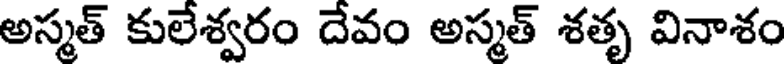
అస్మత్ కులేశ్వరం దేవం అస్మత్ శతృ వినాశం